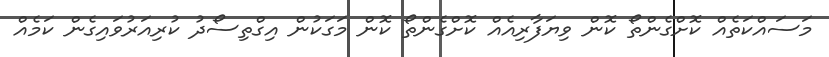
މަސައްކަތެއް ކޮށްގެންތޯ ކޮން ވިޔަފާރިއެއް ކޮށްގެންތޯ ކޮން މަގަކުން އިގްތިސޯދު ކުރިއަރުވައިގެން ކަމެއް